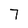
Character: 7